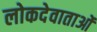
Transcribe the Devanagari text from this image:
लोकदेवाताओं